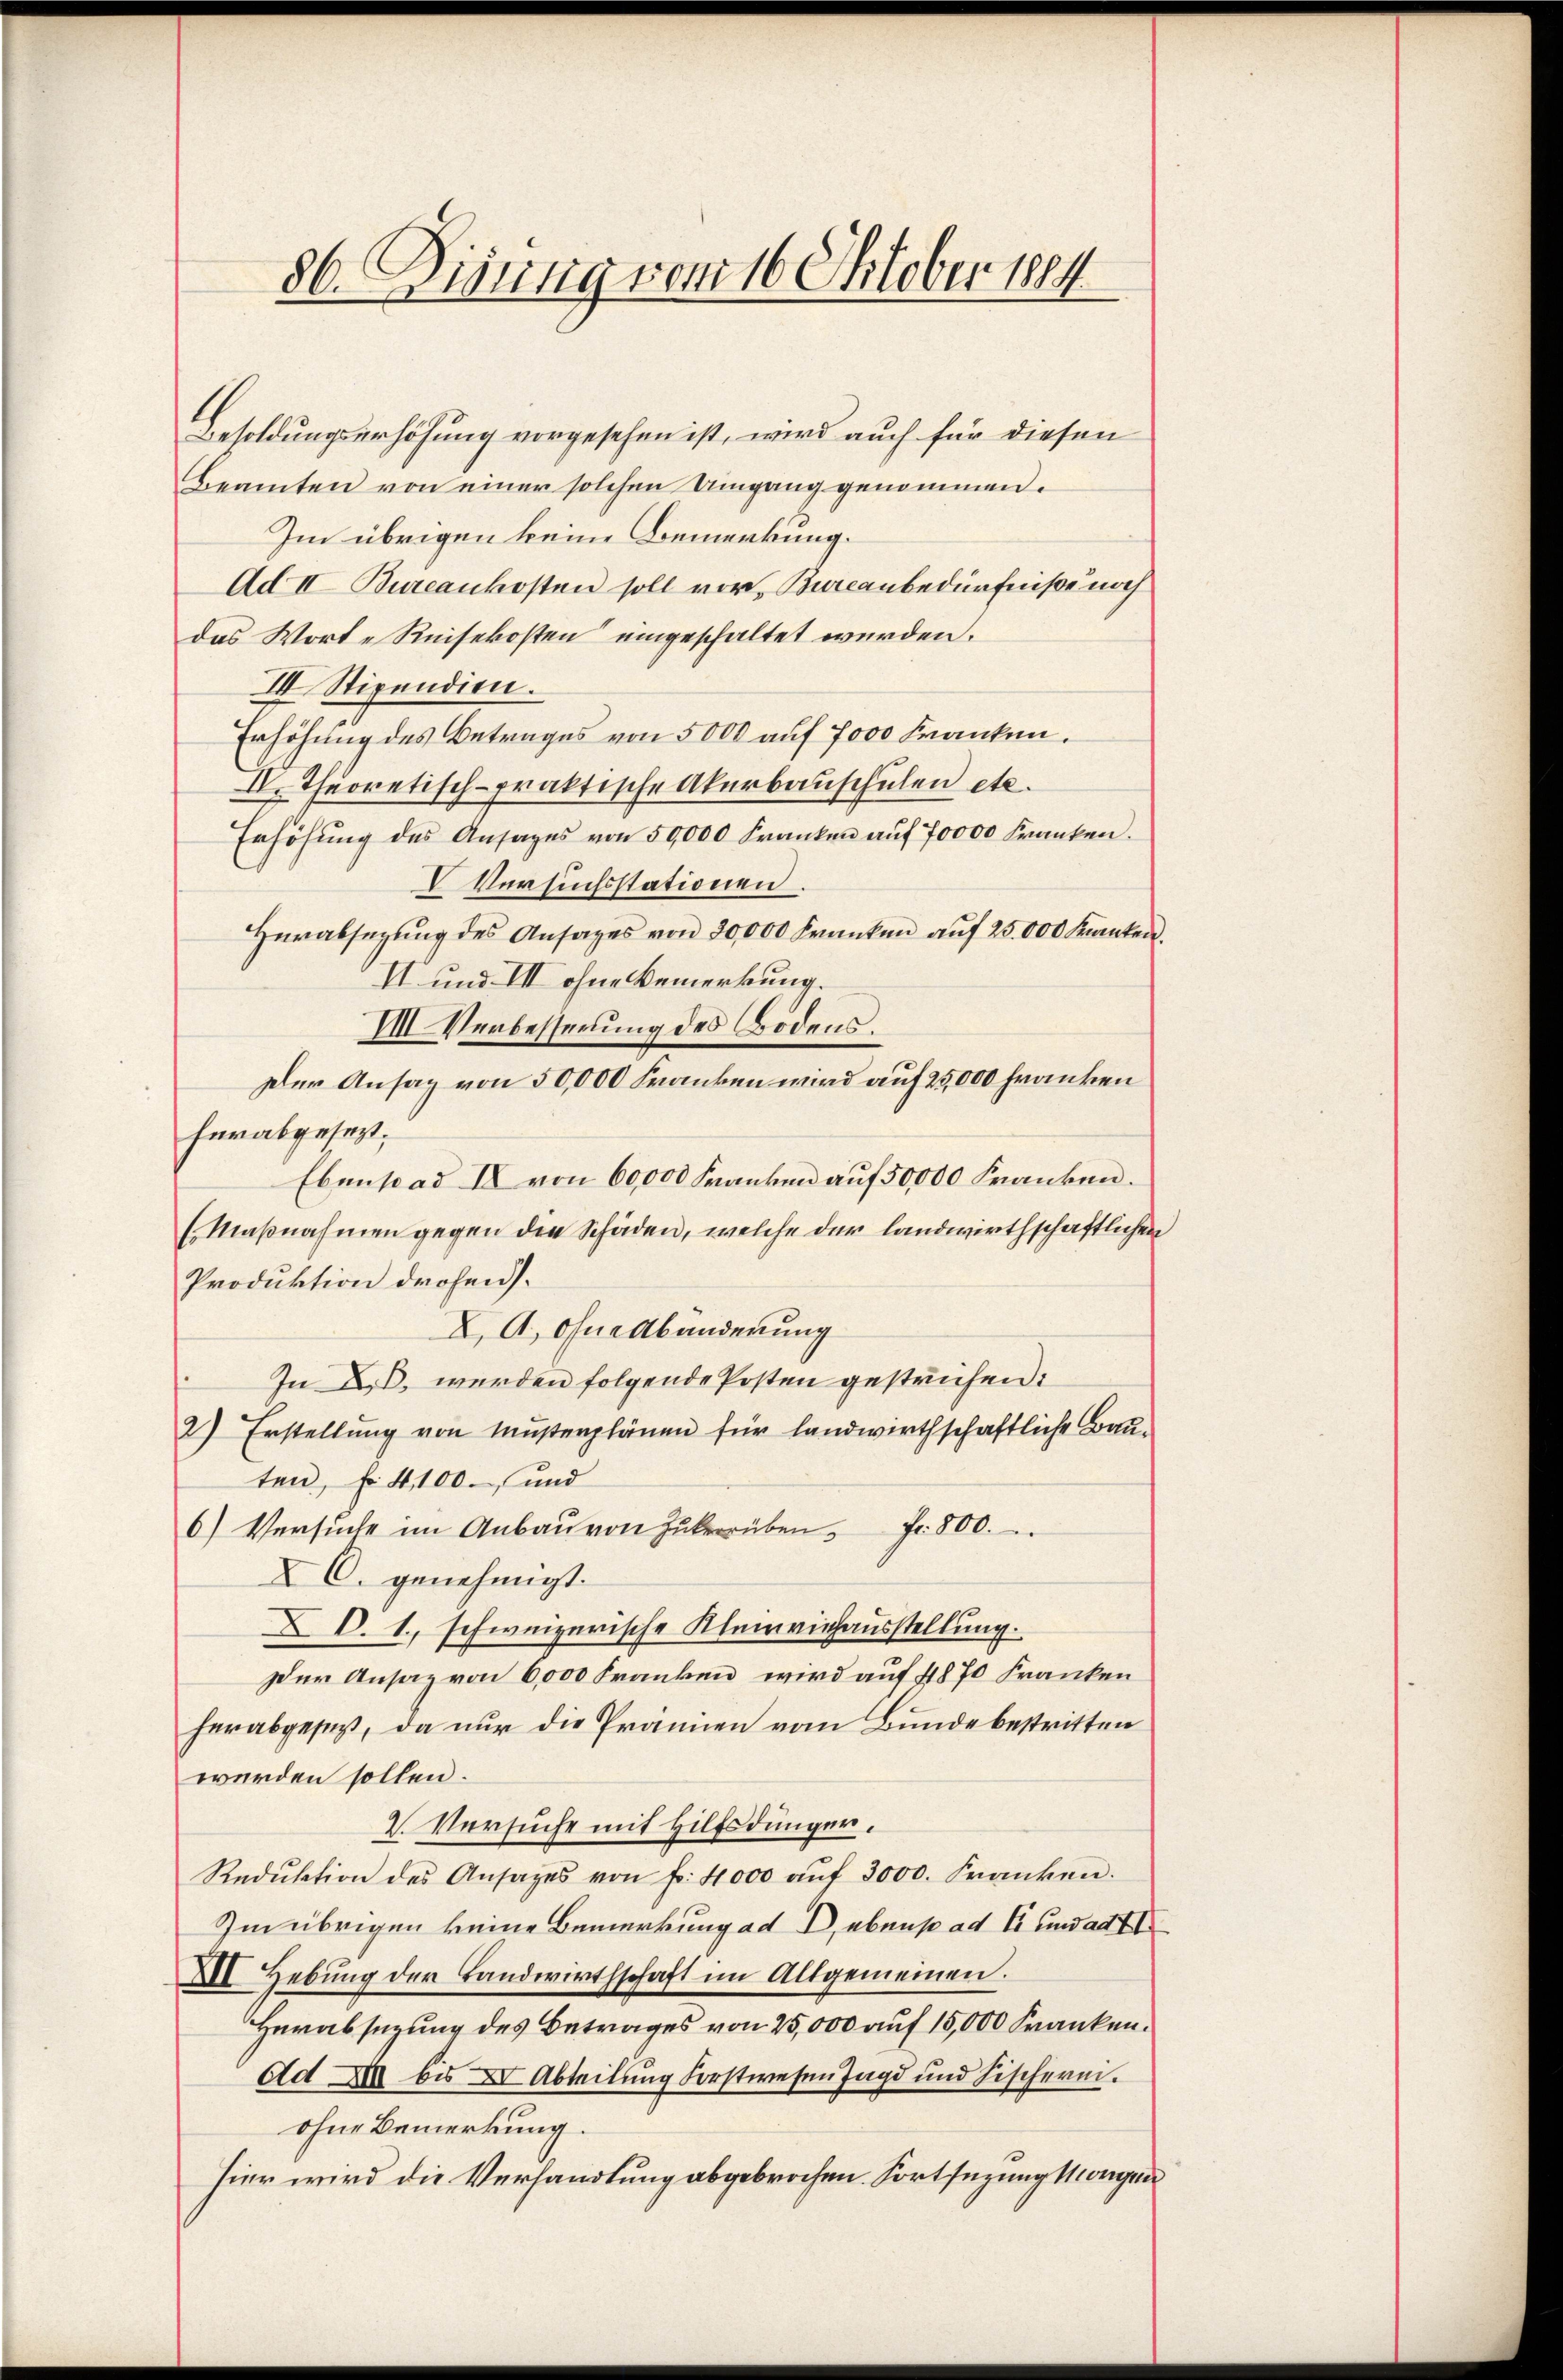
86. Diesung vom 16. Oktober 1884.

Besoldungserhöhung vorgesehen ist, wird auch für diesen
Beamten von einer solchen Umgang genommen.
Im übrigen keine Bemerkung.
Ad II. Bureaukosten soll vor, Bureaubedürfniße noch
das Worte Reisekosten eingeschaltet werden.
II. Stipendien.
Erhöhung des Betrages von 5000 auf 7000 Franken.
IV. Theoretisch-praktische Akerbauschulen etc.
Erhöhŭng des Ansages von 50,000 Franken aŭf 70000 Franken.
V Versuchsstationen
Herabsegŭng des Ansages von 30,000 Franken aŭf 25 000 Kanten.
II und VII ohne Bemerkung.
VIII Verbesserung des Bodens.
Der Ansaz von 50,000 Franken wird auf 25,000 Franken
herabgesezt;
Ebenstad II von 60,000 Franken auf 50000 Franken.
(Maβnahmen gegen die Schäden, welche der landwirthschaftlichen
Produktion drohen.
X.A. Ohne Abänderung
In D. werden folgende Posten gestrichen:
2) Erstellung von Musterplänen für landwirthschaftliche Bauten, f. 4100. und
6) Versŭche im Anbaŭ von Zukerüben. Fr. 800.
XC. genehmigt.
X. 1., schweizerische Kleinviehausstellung.
Der Ansaz von 6,000 Franken, wird auf 48 70 Franken
herabgesezt, da nur die Prämien vom Bunde bestritten
werden sollen.
2. Versuche mit Hilfsdünger.
Redŭktion des Ansages von f. 4000 aŭf 3000. Franken.
Im übrigen keine Bemerkung ad I, ebenso ad I und ad 1
XI. Hebung der Landwirthschaft im Altgemeinen.
Herabsezung des Betrages von 25,000 auf 15,000 Franken.
Ad XII bis XV Abteilung Forstwesen Jagd und Fischerei.
ohne Bemerkung.
hier wird die Verhandlung abgebrochen. Fortsezung Morgen